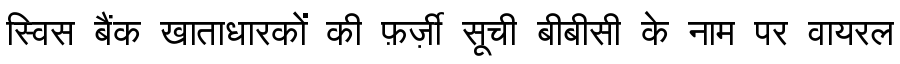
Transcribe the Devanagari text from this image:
स्विस बैंक खाताधारकों की फ़र्ज़ी सूची बीबीसी के नाम पर वायरल